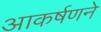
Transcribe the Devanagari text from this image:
आकर्षणने